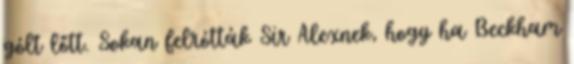
gólt lőtt. Sokan felrótták Sir Alexnek, hogy ha Beckham